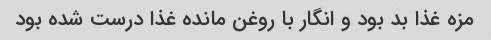
مزه غذا بد بود و انگار با روغن مانده غذا درست شده بود